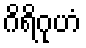
ဂိရိဂုဟံ